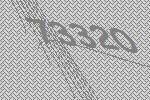
73320